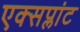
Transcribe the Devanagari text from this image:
एक्सप्लांट